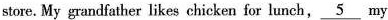
store. My grandfather likes chicken for lunch,\underline{5} my